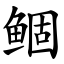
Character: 鲴